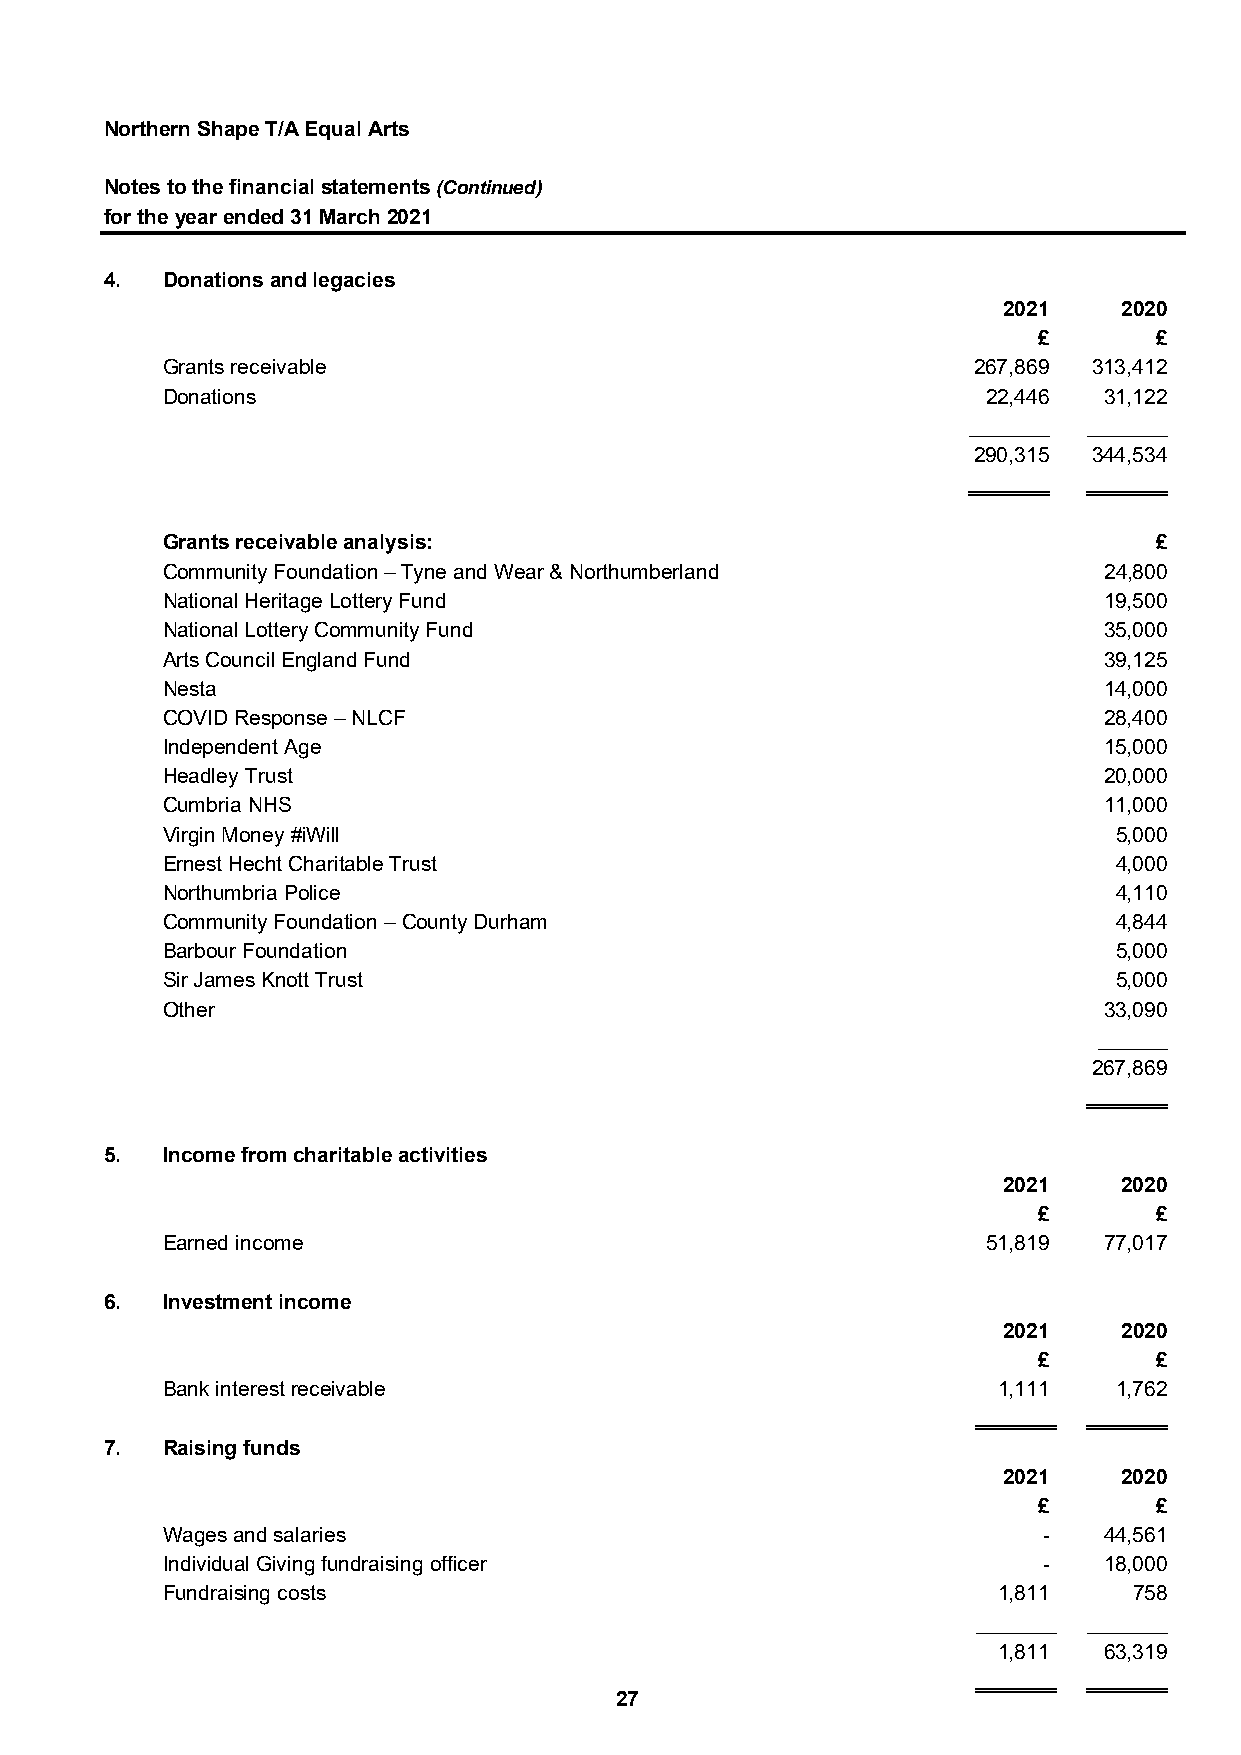
Northern Shape T/A Equal Arts
 Notes to the financial statements (Continued)
 for the year ended 31 March 2021
 4.  Donations and legacies
 2021    2020
 £      £
 Grants receivable                                    267,869 313,412
 Donations                                             22,446  31,122
 _______ _______
 290,315 344,534
 _______ _______
 Grants receivable analysis:                                      £
 Community Foundation – Tyne and Wear & Northumberland         24,800
 National Heritage Lottery Fund                                19,500
 National Lottery Community Fund                               35,000
 Arts Council England Fund                                     39,125
 Nesta                                                         14,000
 COVID Response – NLCF                                         28,400
 Independent Age                                               15,000
 Headley Trust                                                 20,000
 Cumbria NHS                                                   11,000
 Virgin Money #iWill                                            5,000
 Ernest Hecht Charitable Trust                                  4,000
 Northumbria Police                                             4,110
 Community Foundation – County Durham                           4,844
 Barbour Foundation                                             5,000
 Sir James Knott Trust                                          5,000
 Other                                                         33,090
 ______
 267,869
 _______
 5.  Income from charitable activities
 2021    2020
 £      £
 Earned income                                         51,819  77,017
 6.  Investment income
 2021    2020
 £      £
 Bank interest receivable                               1,111   1,762
 _______ _______
 7.  Raising funds
 2021    2020
 £      £
 Wages and salaries                                        -   44,561
 Individual Giving fundraising officer                     -   18,000
 Fundraising costs                                      1,811    758
 _______ _______
 1,811  63,319
 _______ _______
 27